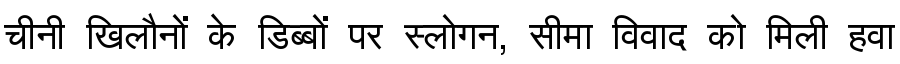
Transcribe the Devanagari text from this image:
चीनी खिलौनों के डिब्बों पर स्लोगन, सीमा विवाद को मिली हवा